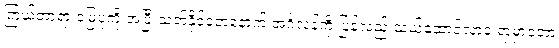
ကြယ်တာရာ မြေပုံကို အပြီးသတ်နိုင်ခဲ့တဲ့နောက် အင်္ဂလန်ကို ပြန်လည် သယ်ဆောင်လာခဲ့ ရာမှာတော့